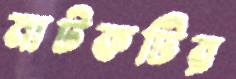
নাটকটির